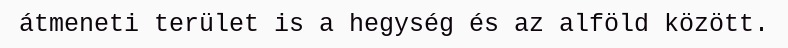
átmeneti terület is a hegység és az alföld között.